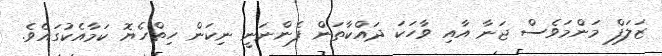
ޒަަލަފް މަންމަވެސް ޖަނާ އާއި ވާހަކަ ދައްކާތަން ފެންނަނީ ނިކަން ހިތްހެޔޮ ކަމާއެކުގައެވެ.